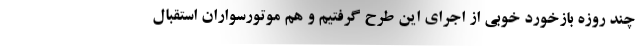
چند روزه بازخورد خوبی از اجرای این طرح گرفتیم و هم موتورسواران استقبال